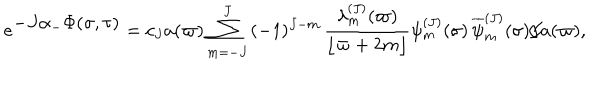
e ^ { \textstyle - J \alpha _ { - } \Phi ( \sigma , \tau ) } = c _ { J } a ( \varpi ) \sum _ { m = - J } ^ { J } \, ( - 1 ) ^ { J - m } \, { \frac { \lambda _ { m } ^ { ( J ) } ( \varpi ) } { \lfloor \varpi + 2 m \rfloor } } \psi _ { m } ^ { ( J ) } ( \sigma ) \, { \overline { { \psi } } _ { m } ^ { ( J ) } } ( \sigma ) \bigr / a ( \varpi ) ,